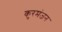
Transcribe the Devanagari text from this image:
कुरमंजन